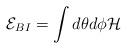
LaTeX: \begin{align*}{\cal E}_{BI} = \int d\theta d\phi {\cal H}\end{align*}